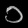
Digit: ၁